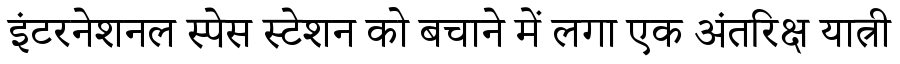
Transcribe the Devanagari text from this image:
इंटरनेशनल स्पेस स्टेशन को बचाने में लगा एक अंतरिक्ष यात्री